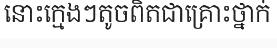
នោះក្មេងៗតូចពិតជាគ្រោះថ្នាក់